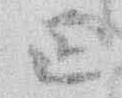
正